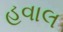
હવાલ